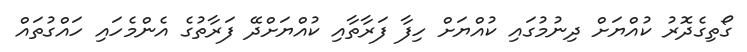
ގޯތިގެދޮރު ކުއްޔަށް ދިނުމުގައި ކުއްޔަށް ހިފާ ފަރާތާއި ކުއްޔަށްދޭ ފަރާތުގެ އެންމެހައި ހައްގުތައް